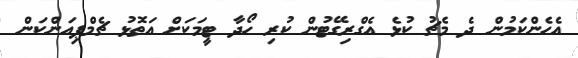
އެހެންކަމުން ދެ މެޗު ކުޅެ އެގްރިގޭޓުން ކުރި ހޯދާ ޓީމަކަށް އަތޮޅު ޗެމްޕިއަންކަން